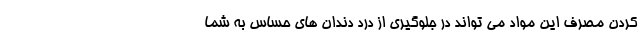
کردن مصرف این مواد می تواند در جلوگیری از درد دندان های حساس به شما